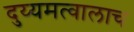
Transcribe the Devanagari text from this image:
दुय्यमत्वालाच